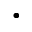
\cdot